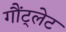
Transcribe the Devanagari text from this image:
गौंट्लेट